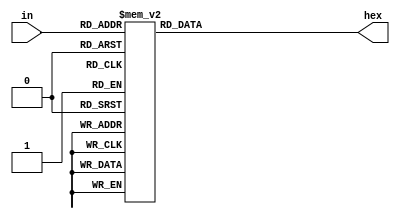
module segdisplay(input[3:0] in, output reg [6:0] hex);
	always @(*)
	begin
		case(in)
			4'h0: hex = 7'b1000000;
			4'h1: hex = 7'b1111001;
			4'h2: hex = 7'b0100100;
			4'h3: hex = 7'b0110000;
			4'h4: hex = 7'b0011001;
			4'h5: hex = 7'b0010010;
			4'h6: hex = 7'b0000010;
			4'h7: hex = 7'b1111000;
			4'h8: hex = 7'b0000000;
			4'h9: hex = 7'b0010000;
			4'hA: hex = 7'b0001000;
			4'hB: hex = 7'b0000011;
			4'hC: hex = 7'b1000110;
			4'hD: hex = 7'b0100001;
			4'hE: hex = 7'b0000110;
			4'hF: hex = 7'b0001110;
			default: hex = 7'b1000000;
		endcase
	end
endmodule